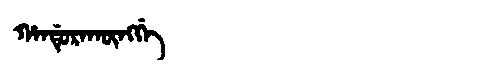
Manchu: ᡥᠠᠨᡩᡠᡵᠠᡴᡡᠩᡤᡝ
Romanization: HANDURAKŪNGGE